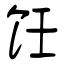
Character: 饪